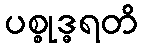
ပစ္စုဒ္ဓရတိ